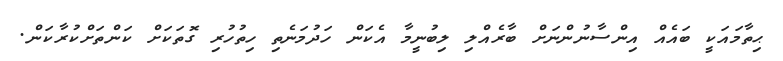
ޙިތާމައަކީ ބައެއް އިންސާނުންނަށް ބާރެއްލި ލިބުނީމާ އެކަން ހަދުމަނެތި ހިތުހުރި ގޮތަކަށް ކަންތަށްކުރާކަން.